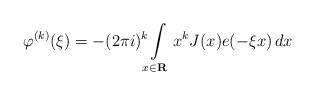
LaTeX: \begin{align*} \varphi ^ { ( k ) } ( \xi ) = - ( 2 \pi i ) ^ k \! \! \int \limits _ { x \in \mathbf R } x ^ k J ( x ) e ( - \xi x ) \, d x\end{align*}